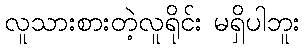
လူသားစားတဲ့လူရိုင်း မရှိပါဘူး